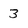
Character: 3